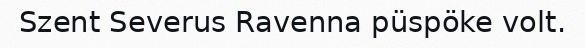
Szent Severus Ravenna püspöke volt.